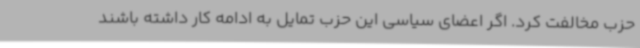
حزب مخالفت کرد. اگر اعضای سیاسی این حزب تمایل به ادامه کار داشته باشند